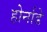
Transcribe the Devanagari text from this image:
होर्नाडे